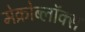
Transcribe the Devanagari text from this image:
मेक्रोब्लॉक्स